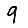
Digit: 9